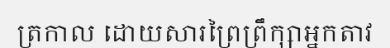
ត្រកាល ដោយសារព្រៃព្រឹក្សាអ្នកតាវ